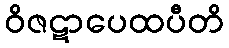
ဝိဇဋာပေထပီတိ